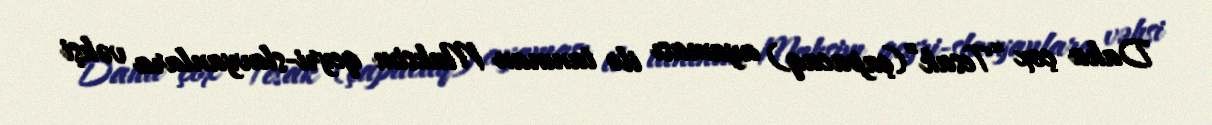
Daha çox “Tesak”(çapacaq) ayaması ilə tanınan Maksim qeyri-slavyanlara vəhşi